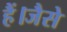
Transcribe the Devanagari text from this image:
हैं।जैसे